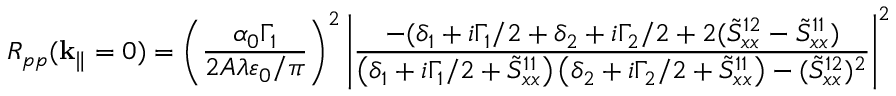
R _ { p p } ( \mathbf { k } _ { \| } = 0 ) = \left( \frac { \alpha _ { 0 } \Gamma _ { 1 } } { 2 A \lambda \varepsilon _ { 0 } / \pi } \right) ^ { 2 } \left| \frac { - ( \delta _ { 1 } + i \Gamma _ { 1 } / 2 + \delta _ { 2 } + i \Gamma _ { 2 } / 2 + 2 ( \tilde { S } _ { x x } ^ { 1 2 } - \tilde { S } _ { x x } ^ { 1 1 } ) } { \left( \delta _ { 1 } + i \Gamma _ { 1 } / 2 + \tilde { S } _ { x x } ^ { 1 1 } \right) \left( \delta _ { 2 } + i \Gamma _ { 2 } / 2 + \tilde { S } _ { x x } ^ { 1 1 } \right) - ( \tilde { S } _ { x x } ^ { 1 2 } ) ^ { 2 } } \right| ^ { 2 }